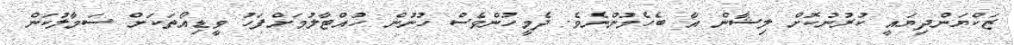
ޒަކްޔަންދިޔައީ ކުރުނުކޮށް ލިޝާން އާ ބެހެމުންނެވެ. ދެމީހުންވެސް ހުނުން ހުއްޓާލުމަށްފަހު ވީޑިއޯތަކަށް ސަމާލުކަން